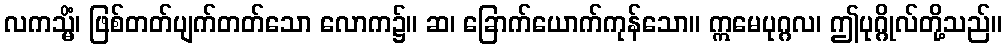
လကသ္မိံ၊ ဖြစ်တတ်ပျက်တတ်သော လောက၌။ ဆ၊ ခြောက်ယောက်ကုန်သော။ ဣမေပုဂ္ဂလ၊ ဤပုဂ္ဂိုလ်တို့သည်။